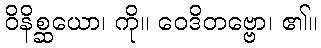
ဝိနိစ္ဆယော၊ ကို။ ဝေဒိတဗ္ဗော၊ ၏။